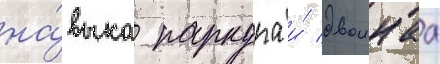
на́выка паркура и́ двоинаа